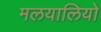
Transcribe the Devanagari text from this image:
मलयालियो